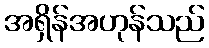
အရှိန်အဟုန်သည်